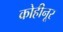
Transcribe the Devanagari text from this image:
कोहीनूर